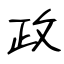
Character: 政